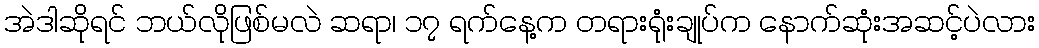
အဲဒါဆိုရင် ဘယ်လိုဖြစ်မလဲ ဆရာ၊ ၁၇ ရက်နေ့က တရားရုံးချုပ်က နောက်ဆုံးအဆင့်ပဲလား